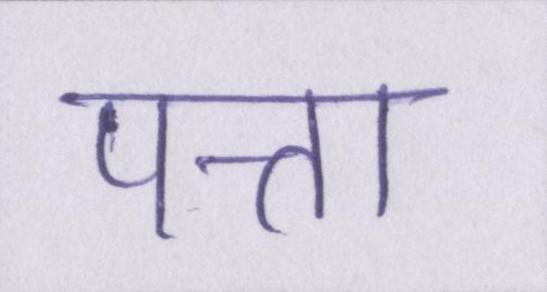
पत्ता